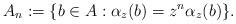
LaTeX: \begin{align*}A_n:=\{b\in A:\alpha_z(b)=z^n\alpha_z(b)\}.\end{align*}